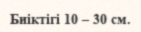
Биіктігі 10 – 30 см.